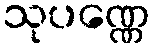
သုပဏ္ဏေ